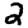
Digit: 2